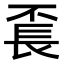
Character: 𨱥